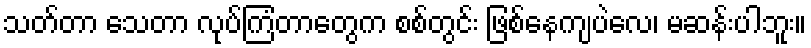
သတ်တာ သေတာ လုပ်ကြံတာတွေက စစ်တွင်း ဖြစ်နေကျပဲလေ၊ မဆန်းပါဘူး။